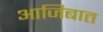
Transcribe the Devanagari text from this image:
आजिबात